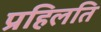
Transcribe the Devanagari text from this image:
प्रहिलति